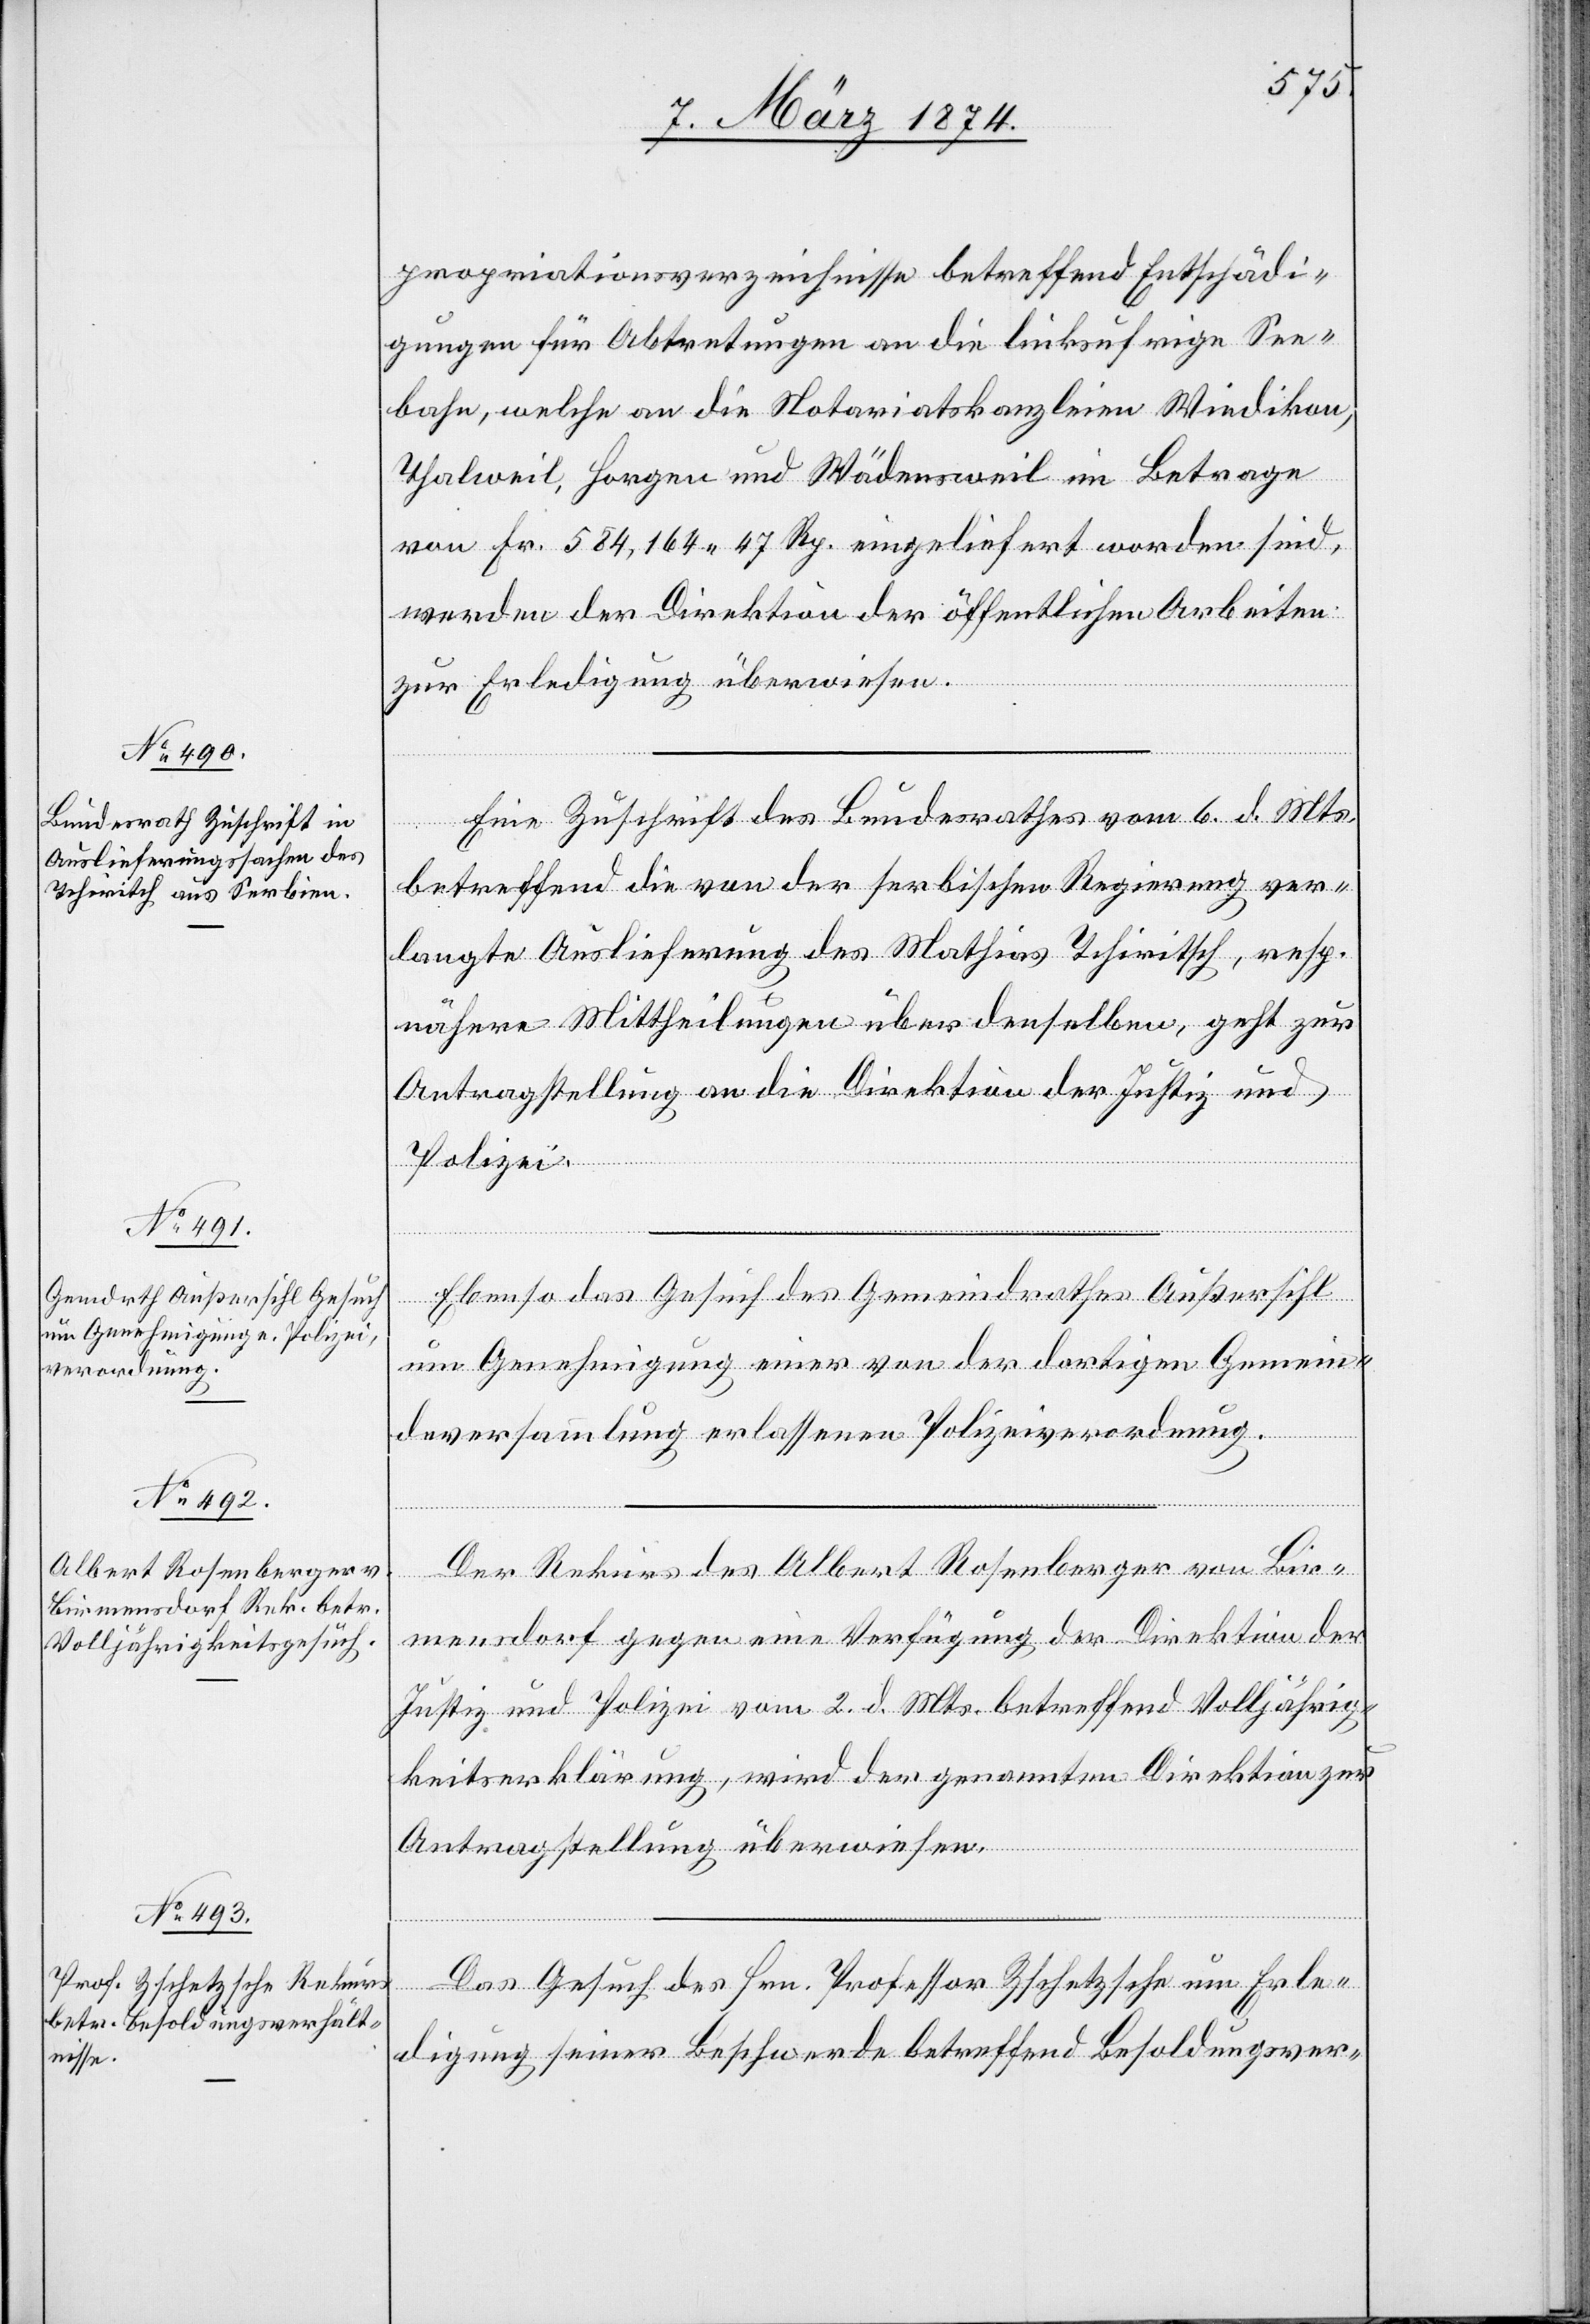
9. März 1874.]
propriationsverzeichnisse betreffend Entschädi¬
gungen für Abtretungen an die linksufrige See¬
bahn, welche an die Notariatskanzleien Wiedikon,
Thalwil, Horgen und Wädensweil im Betrage
von Fr. 584,164.47 Rp. eingeliefert worden sind,
werden der Direktion der öffentlichen Arbeiten
zur Erledigung überwiesen.
Eine Zuschrift des Bundesrathes vom 6. d. Mts.
c!],
betreffend die von der serbischen Regierung ver¬
langte Auslieferung des Mathias Tchiritsch [si¬
nähere Mittheilungen über denselben, geht zur
Antragstellung an die Direktion der Justiz und
Polizei.
Ebenso das Gesuch des Gemeindrathes Außersihl
um Genehmigung einer von der dortigen Gemein¬
deversammlung erlassene Polizeiverordnung.
Der Rekurs des Albert Rosenberger von Bir¬
mensdorf gegen eine Verfügung der Direktion der
Justiz und Polizei vom 2. d. Mts. betreffend Volljährig¬
keitserklärung, wird der genannten Direktion zur
Antragstellung überwiesen.
Das Gesuch des Hrn. Professor Zschetzsche um Erle¬
digung seiner Beschwerde betreffend Besoldungsver-